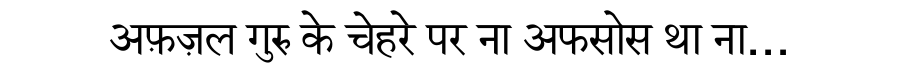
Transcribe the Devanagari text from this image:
अफ़ज़ल गुरु के चेहरे पर ना अफसोस था ना…